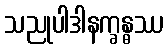
သညုပါဒါနက္ခန္ဓဿ